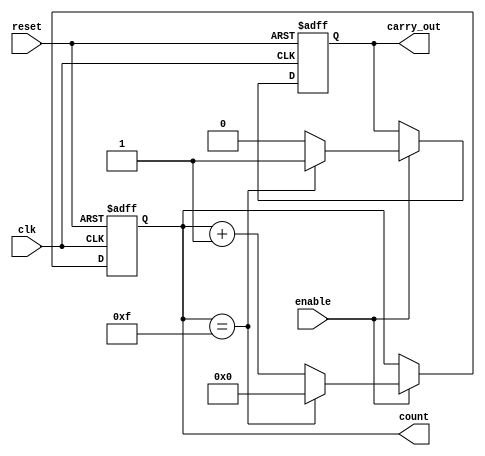
module NBitCounter #(parameter N = 4) (
    input wire clk,
    input wire reset,
    input wire enable,
    output reg [N-1:0] count,
    output reg carry_out
);
    always @(posedge clk or posedge reset) begin
        if (reset) begin
            count <= 0;
            carry_out <= 0;
        end else if (enable) begin
            if (count == (1 << N) - 1) begin
                count <= 0;
                carry_out <= 1; // Generate carry out on overflow
            end else begin
                count <= count + 1;
                carry_out <= 0;
            end
        end
    end
endmodule